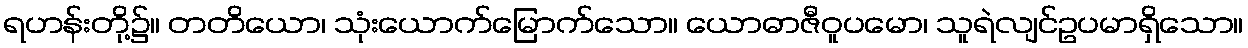
ရဟန်းတို့၌။ တတိယော၊ သုံးယောက်မြောက်သော။ ယောဓာဇီဝူပမော၊ သူရဲလျင်ဥပမာရှိသော။